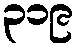
၃၁၉